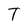
Character: T